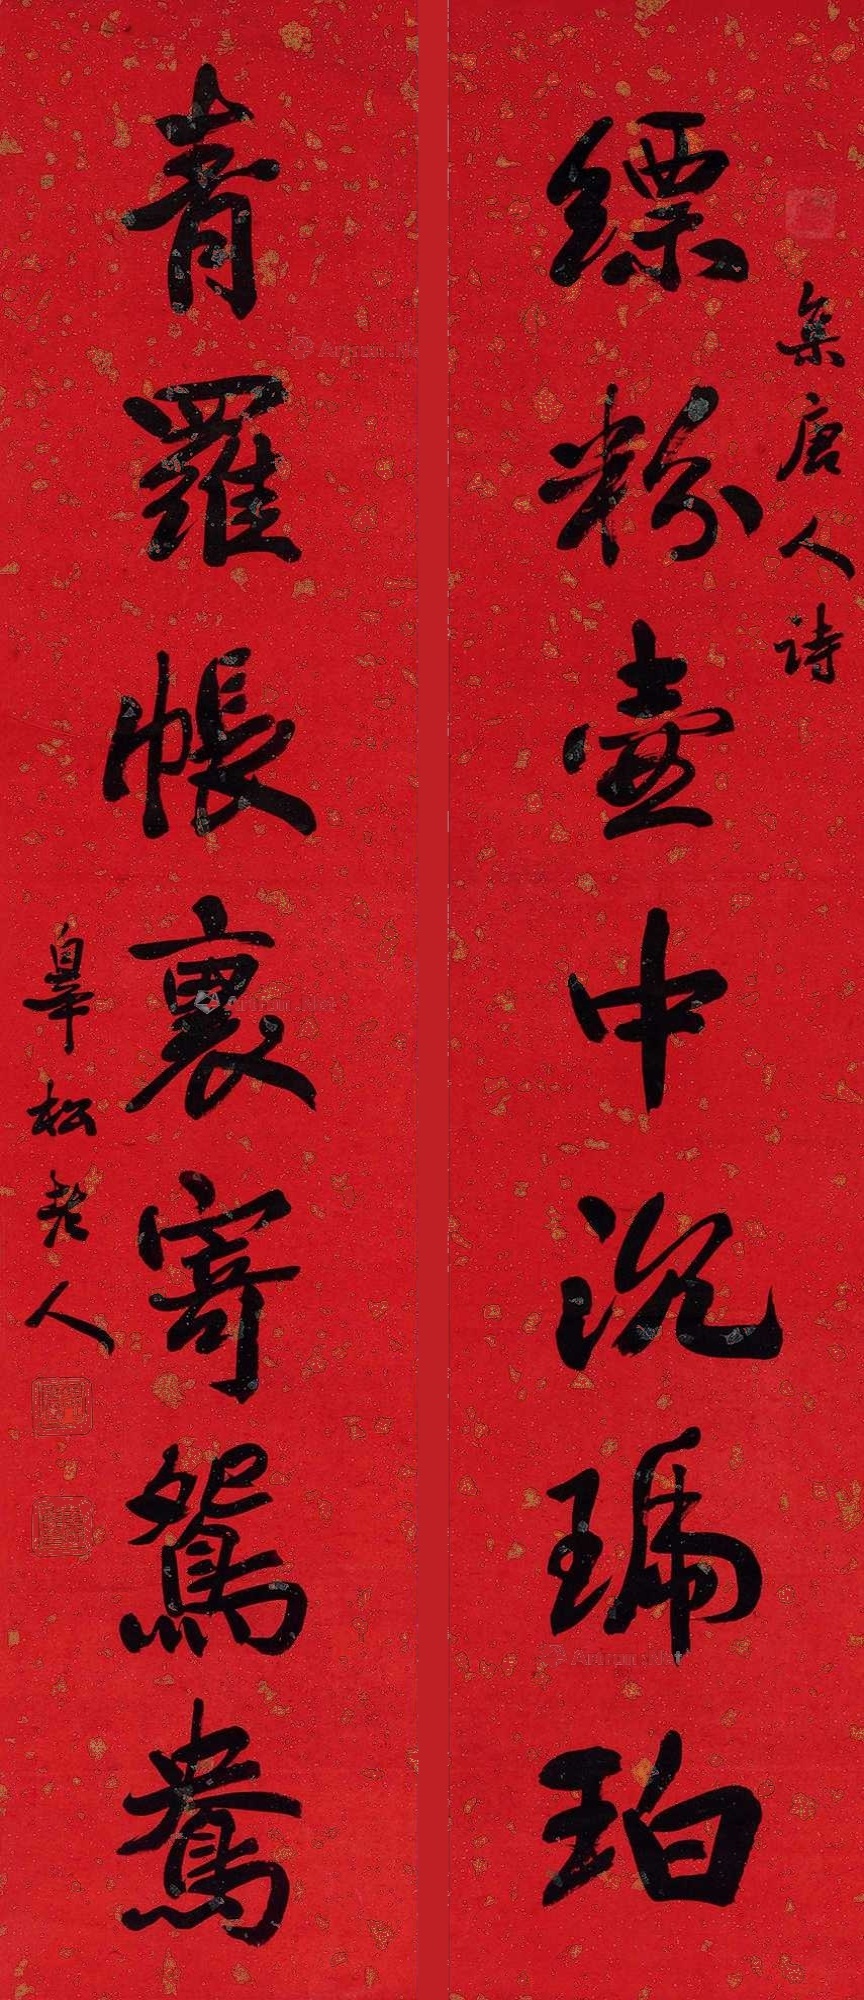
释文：缥粉壶中沈琥珀青罗帐里寄鸳鸯。集唐人诗，皋松老人。